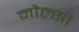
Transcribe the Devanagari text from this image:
मौल्सी